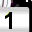
Digit: 1